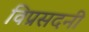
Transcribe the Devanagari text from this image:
विप्रसदनी